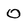
Character: 0